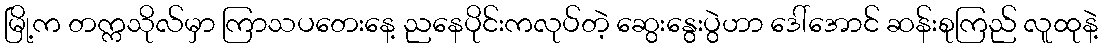
မြို့က တက္ကသိုလ်မှာ ကြာသပတေးနေ့ ညနေပိုင်းကလုပ်တဲ့ ဆွေးနွေးပွဲဟာ ဒေါ်အောင် ဆန်းစုကြည် လူထုနဲ့